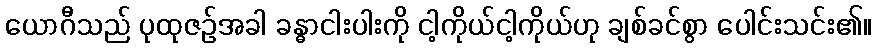
ယောဂီသည် ပုထုဇဉ်အခါ ခန္ဓာငါးပါးကို ငါ့ကိုယ်ငါ့ကိုယ်ဟု ချစ်ခင်စွာ ပေါင်းသင်း၏။